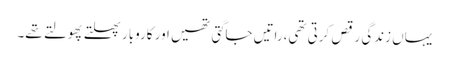
یہاں زندگی رقص کرتی تھی،راتیں جاگتی تھیں اور کاروبار پھلتے پھولتے تھے۔